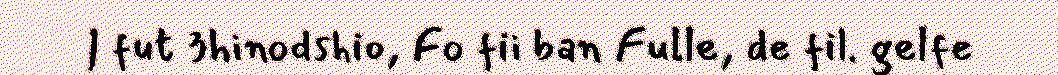
| fut 3hinodshio, Fo fii ban Fulle, de fil. gelfe